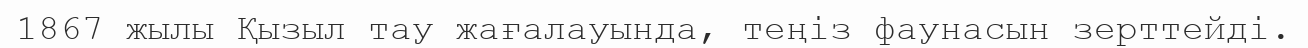
1867 жылы Қызыл тау жағалауында, теңіз фаунасын зерттейді.